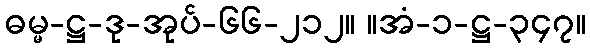
ဓမ္မ-ဋ္ဌ-ဒု-အုပ်-၆၆-၂၁၂။ ။အံ-၁-ဋ္ဌ-၃၄၇။